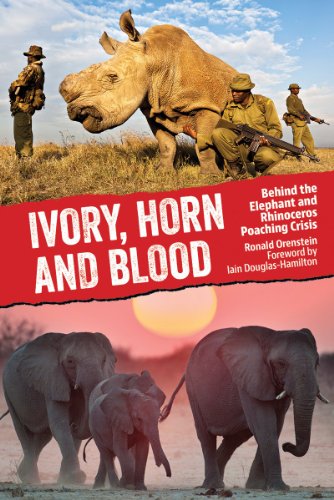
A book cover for Ivory, Horn and Blood: Behind the Elephant and Rhinoceros Poaching Crisis; Ronald Orenstein; Science & Math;